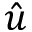
\hat { u }